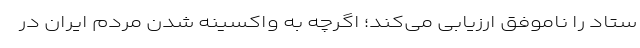
ستاد را ناموفق ارزیابی می‌کند؛ اگرچه به واکسینه شدن مردم ایران در